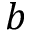
b